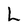
Character: L